Calcutta medical institutions reports 1879-81 [i.e.91]
Year: 1879
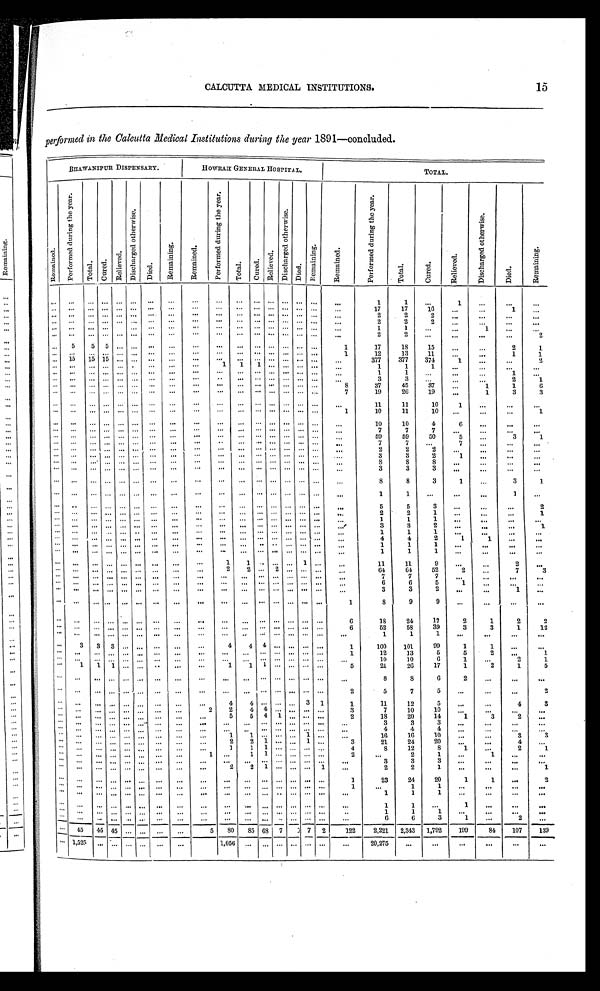
15
CALCUTTA MEDICAL INSTITUTIONS.
performed in the Calcutta Medical Institutions during the year 1891—concluded.
BHAWANIPUR DISPENSARY.
HOWRAH GENERAL HOSPITAL.
TOTAL.
R e m a i n e d .
P e r f o r m e d d u r i n g t h e y e a r .
T o t a l .
C u r e d .
R e l i e v e d .
D i s c h a r g e d o t h e r w i s e .
D i e d .
R e m a i n i n g .
R e m a i n e d .
P e r f o r m e d d u r i n g t h e y e a r .
T o t a l .
C u r e d .
R e l i e v e d .
D i s c h a r g e d o t h e r w i s e .
D i e d .
R e m a i n i n g .
R e m a i n e d .
P e r f o r m e d d u r i n g t h e y e a r .
T o t a l .
C u r e d .
R e l i e v e d .
D i s c h a r g e d o t h e r w i s e .
D i e d .
R e m a i n i n g .
. . .
. . .
. . .
. . .
. . .
. . .
. . .
. . .
. . .
. . .
. . .
. . .
. . .
. . .
. . .
. . .
. . .
1
1
1
. . .
. . .
. . .
. . .
. . .
. . .
. . .
. . .
. . .
. . .
. . .
. . .
. . .
. . .
. . .
. . .
. . .
. . .
. . .
. . . . . .
17
17
16
. . .
. . .
1
. . .
. . .
. . .
. . .
. . .
. . .
. . .
. . .
. . .
. . .
. . .
. . .
. . .
. . .
. . .
. . .
. . .
. . .
2
2
2
. . .
. . .
. . .
. . .
. . .
. . .
. . .
. . .
. . .
. . .
. . .
. . .
. . .
. . .
. . .
. . .
. . .
. . .
. . .
. . .
. . .
2
2
2 . . .
. . .
. . .
. . .
. . .
. . .
. . .
. . .
. . .
. . .
. . .
. . .
. . .
. . .
. . .
. . .
. . .
. . .
. . .
. . . . . .
1
1
. . .
. . .
1
. . .
. . .
. . .
. . .
. . .
. . .
. . .
. . .
. . .
. . .
. . .
. . .
. . .
. . .
. . .
. . .
. . .
. . .
. . .
2
2
. . .
. . .
. . .
. . .
2
. . .
5
5
5
. . .
. . .
. . .
. . .
. . .
. . .
. . .
. . .
. . .
. . .
. . .
. . .
1
17
18
15
. . .
. . .
2
1
. . .
. . .
. . .
. . .
. . .
. . .
. . .
. . .
. . .
. . .
. . .
. . .
. . .
. . .
. . .
. . .
1
12
13
11
. . .
. . .
1
1
. . . 1 5
15 15
. . .
. . .
. . .
. . .
. . .
. . .
. . .
. . .
. . .
. . .
. . .
. . .
. . .
377
377
374
1
. . .
. . .
2
. . .
. . .
. . .
. . .
. . .
. . .
. . .
. . .
. . .
1
1
1
. . .
. . .
. . .
. . .
. . .
1
1
1
. . .
. . .
. . .
. . .
. . .
. . .
. . .
. . .
. . .
. . .
. . .
. . .
. . .
. . .
. . .
. . .
. . .
. . .
. . .
. . .
. . .
1
1
. . .
. . .
. . .
1
. . .
. . .
. . .
. . .
. . .
. . .
. . .
. . .
. . .
. . .
. . .
. . .
. . .
. . .
. . .
. . .
. . .
. . .
3
3
. . . . . .
. . .
2
1
. . .
. . .
. . .
. . .
. . .
. . .
. . .
. . .
. . .
. . .
. . .
. . .
. . .
. . .
. . .
. . .
8
37
45
3 7
. . .
1
1
6
. . .. . .
. . ..
. .
. . .
. . .
. . .
. . .
. . .
. . .
. . .
. . .
. . .
. . .. . .
. . .
7
19
26
19
. . .
1
3
3
. . .
. . .
. . .
. . .
. . .
. . .
. . .
. . .
. . .
. . .
. . .
. . .
. . .
. . .
. . .
. . .
. . .
11
1 1
10
1
. . .
. . .
. . .
. . .
. . .
. . .
. . .
. . .
. . .
. . .
. . .
. . .
. . .
. . .
. . .
. . .
. . .
. . .
. . .
1
10
11
10
. . .
. . .
. . .
1
. . .
. . .
. . .
. . .
. . .
. . .
. . .
. . .
. . .
. . .
. . .
. . .
. . .
. . .
. . .
. . .
. . .
10
10
4
6
. . .
. . .
. . .
. . .
. . .
. . .
. . .
. . .
. . .
. . .
. . .
. . .
. . .
. . .
. . .
. . .
. . .
. . .
. . .
. . .
7
7
7
. . .
. . .
. . .
. . .
. . .
. . .
. . .
. . .
. . .
. . .
. . .
. . .
. . .
. . .
. . .
. . .
. . .
. . .
. . .
. . .
. . .
59
59
50
5
. . .
3
1
. . .
. . .
. . .
. . .
. . .
. . .
. . .
. . .
. . .
. . .
. . .
. . .
. . .
. . .
. . .
. . .
. . .
7
7
. . .
7
. . .
. . .
. . .
. . .
. . .
. . .
. . .
. . .
. . .
. . .
. . .
. . .
. . .
. . .
. . .
. . .
. . .
. . . . . .
. . .
2
2
2
. . .
. . .
. . .
. . .
. . .
. . .
. . .
. . .
. . .
. . .
. . .
. . .
. . .
. . .
. . .
. . .
. . .
. . .
. . .
. . .
. . .
3
3
2
1
. . .
. . .
. . .
. . .
. . .
. . .
. . .
. . .
. . .
. . .
. . .
. . .
. . .
. . .
. . .
. . .
. . .
. . .
. . .
. . .
8
8
8
. . .
. . .
. . .
. . .
. . .
. . .
. . .
. . .
. . .
. . .
. . .
. . .
. . .
. . .
. . .
. . .
. . .
. . .
. . .
. . .
. . .
3
3
3
. . .
. . .
. . .
. . .
. . . . . .
. . .
. . .
. . .
. . .
. . .
. . .
. . .
. . .
. . .
. . .
. . .
. . .
. . .
. . .
. . .
8
8
3
1
. . .
3
1
. . .
. . .
. . .
. . .
. . .
. . .
. . .
. . .
. . .
. . .
. . .
. . .
. . .
. . .
. . .
. . .
. . .
1
1
. . .
. . .
. . .
1
. . .
. . .
. . .
. . .
. . .
. . .
. . .
. . .
. . .
. . .
. . .
. . .
. . .
. . .
. . .
. . .
. . .
. . .
5
5
3
. . .
. . .
. . .
2
. . .
. . .
. . .
. . .
. . .
. . .
. . .
. . . . . .
. . .
. . .
. . .
. . .
. . .
. . .
. . .
. . .
2
2
1
. . .
. . .
. . .
1
. . .
. . .
. . .
. . .
. . .
. . .
. . .
. . .
. . .
. . .
. . .
. . .
. . .
. . .
. . .
. . .
. . .
1
1
1
. . .
. . .
. . .
. . .
. . .
. . .
. . .
. . .
. . .
. . .
. . .
. . .
. . .
. . .
. . .
. . .
. . .
. . .
. . .
. . .
. . .
3
3
2
. . .
. . .
. . .
1
. . .
. . .
. . .
. . .
. . .
. . .
. . .
. . .
. . .
. . .
. . .
. . .
. . .
. . .
. . .
. . .
. . .
1
1
1
. . .
. . .
. . .
. . .
. . .
. . .
. . .
. . .
. . .
. . .
. . . . . .
. . . . . .
. . .
. . .
. . .
. . .
. . .
. . .
. . .
4
4
2
1
1
. . .
. . .
. . .
. . .
. . .
. . .
. . .
. . .
. . .. . .
. . . . . .
. . .
. . .
. . .
. . .
. . .
. . .
. . .
1
1
1
. . .
. . .
. . .
. . .
. . .
. . .
. . .
. . .
. . .
. . .. . .
. . .
. . .
. . .. . .
. . .
. . .
. . .. . .
. . .
. . .
1
1
1
. . .
. . .
. . .
. . .
. . .
. . .
. . .
. . .
. . .
. . .
. . .
. . .
. . .
1
1
. . .
. . .. . . 1
. . .
. . .
1 1
11
9
. . .
. . .
2
. . .
. . .
. . .
. . .
. . .
. . .
. . .
. . .
. . .
. . .
2
2
. . .
2
. . .
. . .
. . .
. . .
64
6 4
52
2
. . .
7
3
. . .
. . .
. . .
. . .
. . .
. . .
. . .
. . .
. . .
. . .
. . .
. . .
. . .
. . .
. . .
. . .
. . .
7
7
7
. . .
. . .
. . .
. . .
. . .
. . .
. . .
. . .
. . .
. . .
. . .
. . .
. . .
. . .
. . .
. . .
. . .
. . .
. . .
. . .
. . .
6
6
5
1
. . .
. . .
. . .
. . .
. . .
. . .
. . .
. . .
. . .
. . .
. . .
. . .
. . .
. . .
. . .
. . .
. . .
. . .. . .
. . .
3
3
2
. . .
. . .
1
. . .
. . . . . .
. . .
. . .
. . .
. . .
. . .
. . .
. . .
. . .
. . .
. . .
. . .
. . .
. . .
. . .
1
8
9
9
. . .
. . .
. . .
. . .
. . .
. . .
. . .
. . .
. . .
. . .
. . .
. . .
. . .
. . .
. . .
. . .
. . .
. . .
. . .
. . .
6
18
24
17
2
1
2
2
. . .
. . .
. . .
. . .. . .
. . .
. . .
. . .
. . .
. . .
. . .
. . .
. . .
. . .
. . .
. . .
6
52
58
39
3
3
1
12
. . .
. . .
. . .. . . . . .
. . .
. . .. . .
. . .
. . .
. . .
. . .
. . .
. . .
. . .
. . .
. . .
1
1
1
. . .
. . .
. . .
. . .
. . .
3
3
3
. . .
. . .
. . .. . .
. . .
4
4
4
. . .
. . .
. . .
. . .
1
100
101
99
1
1
. . .
. . .
. . .
. . .
. . . . . .
. . .
. . .
. . .
. . .
. . .
. . .. . .
. . .
. . .
. . .
. . .
. . .
1
12
13
5
5
2
. . .
1
. . .
. . .
. . . . . .
. . .
. . .
. . .
. . .
. . .
. . .. . .
. . .
. . .
. . .
. . .
. . .
. . .
10
10
6
1
. . .
2
1
. . .
. . .
. . .
. . .
. . .
. . .
. . .
. . .
. . .
1 1
1
. . .
. . .
. . .
. . .
5
21
26
17
1
2
1
5
. . .
. . .
. . .
. . .
. . .
. . .
. . .
. . .
. . .
. . .. . .
. . .
. . .
. . .
. . .
. . .
. . .
8
8
6
2
. . .
. . .
. . .
. . .
. . .
. . .
. . .
. . .
. . .
. . .
. . .
. . .
. . .
. . .
. . .
. . .
. . .. . .
. . .
2
5
7
5
. . .
. . .
. . .
2
. . .
. . .
. . .
. . .
. . .
. . .
. . .
. . .
. . .
4
4
. . .
. . . . . .
3
1
1
11
12
5
. . .
. . .
4
3
. . .
. . .
. . .
. . .
. . .
. . .
. . .
. . .
2
2
4
4
. . .
. . .
. . .
. . .
3
7
10
10
. . .
. . . . . .
. . .
. . .
. . .
. . .
. . .
. . .
. . .
. . .
. . .
. . .
5
5
4
1 . . .
. . .
. . .
2
18
20
14
1
3
2
. . .
. . .
. . .
. . .
. . .
. . .
. . .
. . .
. . .
. . .
. . .
. . .
. . .
. . . . . .
. . .
. . .
. . .
3
3
3
. . .
. . .
. . .
. . .
. . .
. . .
. . .
. . .
. . .
. . .
. . .
. . .
. . .
. . .
. . .
. . .
. . . . . .
. . .
. . .
. . .
4
4
4
. . .
. . .
. . .
. . .
. . .
. . .
. . .
. . .
. . .
. . .
. . .
. . .
. . .
1
1
. . .
. . .. . .
1
. . .
. . .
16
16
10
. . .
. . .
3
3
. . .
. . .
. . .
. . .
. . .
. . .
. . .
. . .
. . .
2
2
1
. . .. . .
1
. . .
3
21
24
20
. . .
. . .
4
. . .
. . .
. . .
. . .
. . .
. . .
. . .
. . .
. . .
. . .
1
1
1
. . .. . .
. . .
. . .
4
8
12
8
1
. . .
2
1
. . .
. . .
. . .
. . .
. . .
. . .
. . .
. . .
1
. . .
1
1
. . .. . .
. . .
. . .
2
. . .
2
1 . . .
1
. . .
. . .
. . .
. . .
. . .
. . .
. . .
. . .
. . .
. . .
. . .
. . .
. . .
. . .
. . . . . .
. . .
. . .
. . .
3
3
3
. . .
. . .
. . .
. . .
. . .
. . .
. . .
. . .
. . .
. . .
. . .
. . .
. . .
2
2
1
. . .. . .
. . .
1
. . .
2
2
1
. . .
. . .
. . .
1
. . .
. . .
. . .
. . .
. . .
. . .
. . .
. . .
. . .
. . .
. . .
. . .
. . .
. . .
. . .
. . .
1
23
2 4
20
1
1
. . .
2
. . . . . .
. . .
. . .
. . .
. . .. . .
. . .
. . .
. . .
. . .
. . .
. . .
. . .
. . .
. . .
1
. . .
1
1
. . .
. . .
. . .
. . .
. . . . . .
. . .
. . .
. . .
. . .. . .
. . .
. . .
. . .
. . .
. . .
. . .
. . .
. . .
. . .
. . .
1
1
1
. . .
. . .
. . .
. . .
. . .
. . .
. . .
. . .
. . .
. . .. . .
. . .
. . .
. . .
. . .
. . .
. . .
. . .
. . .
. . .
. . .
1
1
. . .
1
. . .
. . .
. . .
. . .. . .
. . .
. . .
. . .
. . .
. . .
. . .
. . .
. . .
. . .
. . .
. . .
. . .
. . .
. . .
. . .
1
1
1
. . .
. . .
. . .
. . .
. . .. . .
. . .
. . .
. . .. . .
. . .
. . .
. . .
. . .
. . .
. . .
. . .
. . .
. . .
. . .
. . .
6
6
3
1
. . .
2
. . .
. . .
45
45 45
. . . . . .
. . .
. . .
5
8 0
85
6 8
7
1
7
2
__
122
_
2,221
2,343
1,792
199
84
107
139
. . . 1,525
. . .
. . .. . . . . . . . .
. . .
. . .
1,056
. . .
. . .
. . .
. . .
. . .
. . .
. . .
20,275
. . .
. . .
. . .
. . .
. . .
. . .